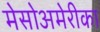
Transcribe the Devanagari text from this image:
मेसोअमेरीका